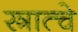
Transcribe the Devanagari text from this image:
स्त्रात्चे